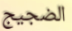
الضجيج